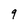
Character: 9